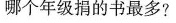
哪个年级捐的书最多?